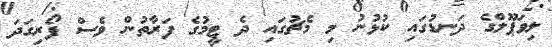
ލިވަޕޫލްގެ ދަނޑުގައި ކުޅުނު މި މެޗުގައި ދެ ޓީމުގެ ފަރާތުން ވެސް ފޯރިގަދަ